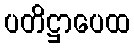
ပတိဋ္ဌာပေထ